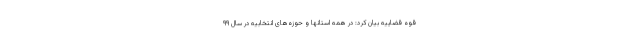
قوه قضاییه بیان کرد: در همه استانها و حوزه‌های انتخابیه در سال ۹۹